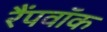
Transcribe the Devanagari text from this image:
रैंपवॉक